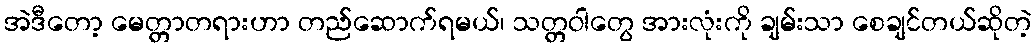
အဲဒီတော့ မေတ္တာတရားဟာ တည်ဆောက်ရမယ်၊ သတ္တဝါတွေ အားလုံးကို ချမ်းသာ စေချင်တယ်ဆိုတဲ့